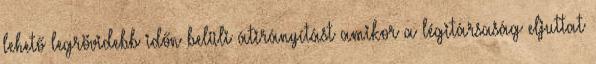
lehető legrövidebb időn belüli átirányítást amikor a légitársaság eljuttat